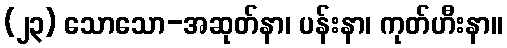
(၂၃) သောသော-အဆုတ်နာ၊ ပန်းနာ၊ ကုတ်ဟီးနာ။